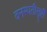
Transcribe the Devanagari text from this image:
वनस्पतीसृष्टी